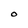
Character: O